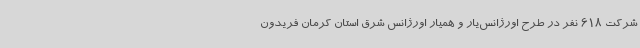
شرکت 618 نفر در طرح اورژانس‌یار و همیار اورژانس شرق استان کرمان فریدون